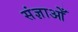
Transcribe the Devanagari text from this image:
संज्ञाओँ